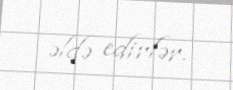
əldə edirlər.